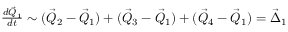
\begin{array} { r } { \frac { d \vec { Q } _ { 1 } } { d t } \sim ( \vec { Q } _ { 2 } - \vec { Q } _ { 1 } ) + ( \vec { Q } _ { 3 } - \vec { Q } _ { 1 } ) + ( \vec { Q } _ { 4 } - \vec { Q } _ { 1 } ) = \vec { \Delta } _ { 1 } } \end{array}